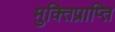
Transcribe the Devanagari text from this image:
मुक्तिप्राप्ति